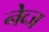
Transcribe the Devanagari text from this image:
नेव्ज